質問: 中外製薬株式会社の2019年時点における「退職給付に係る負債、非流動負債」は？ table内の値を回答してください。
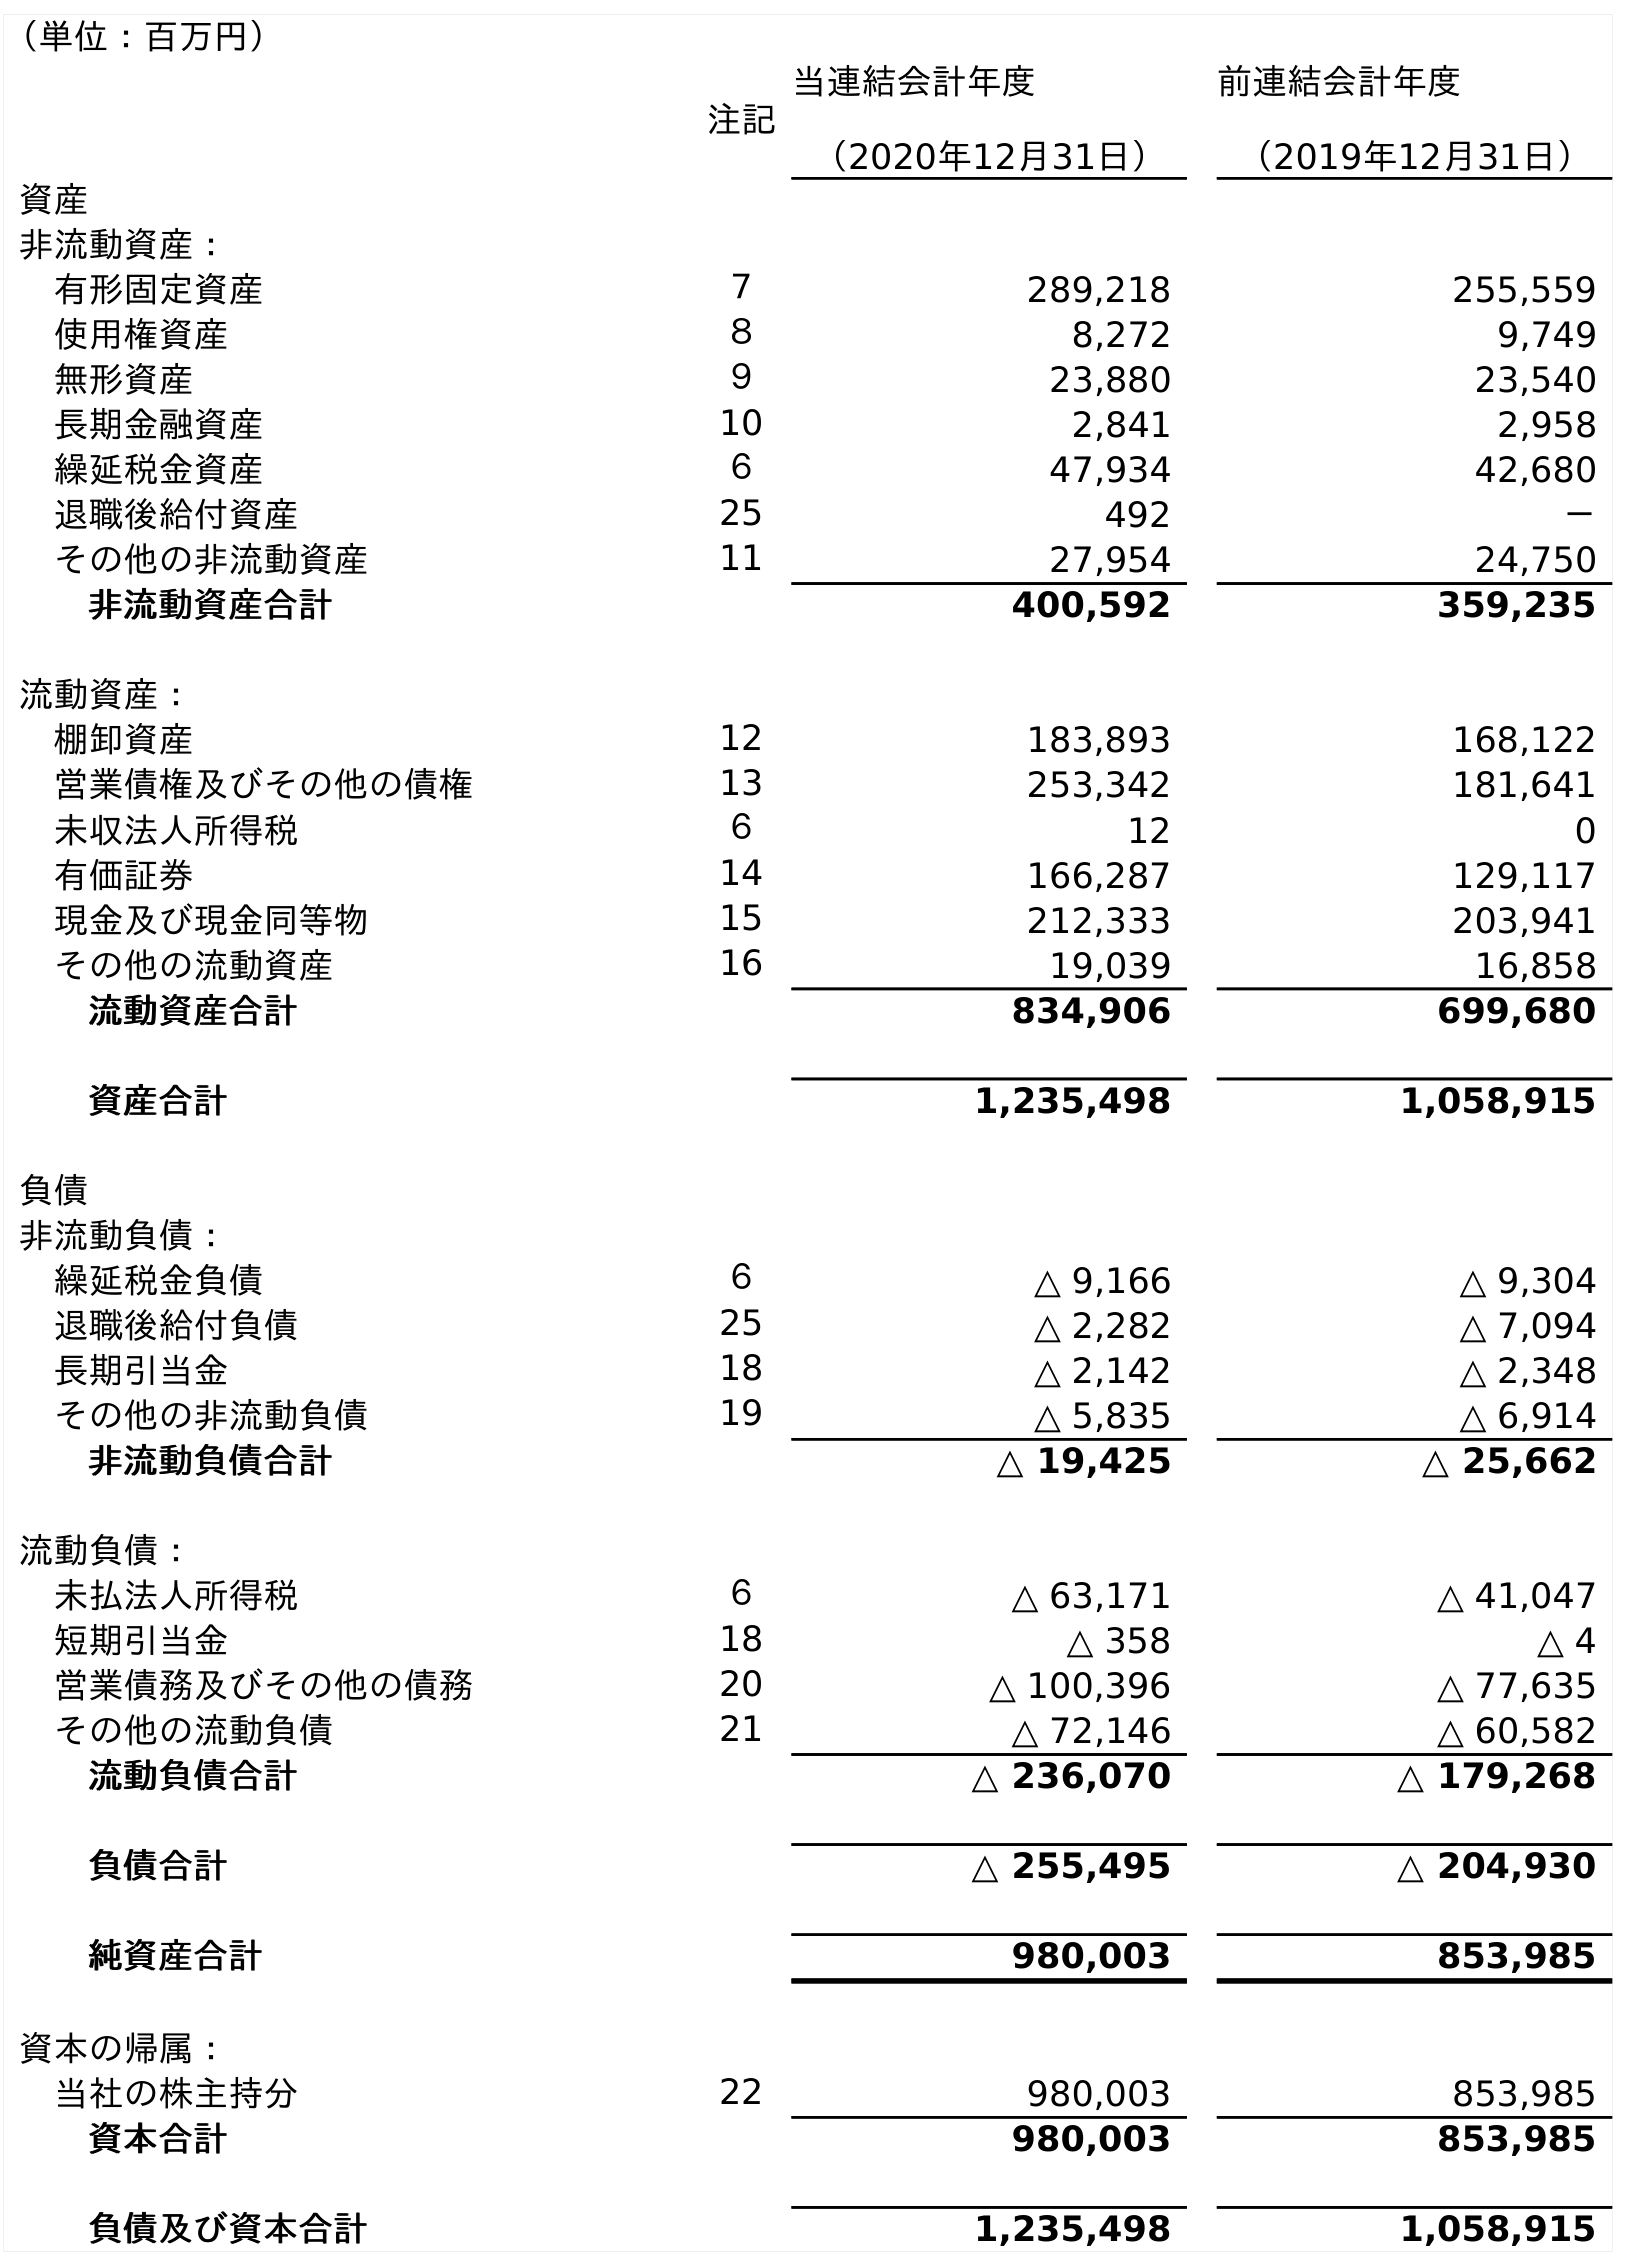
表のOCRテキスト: （単位：百万円） 注記 当連結会計年度 （2020年12月31日） 前連結会計年度 （2019年12月31日） 資産 非流動資産： 有形固定資産 ７ 289,218 255,559 使用権資産 ８ 8,272 9,749 無形資産 ９ 23,880 23,540 長期金融資産 10 2,841 2,958 繰延税金資産 ６ 47,934 42,680 退職後給付資産 25 492 － その他の非流動資産 11 27,954 24,750 非流動資産合計 400,592 359,235 流動資産： 棚卸資産 12 183,893 168,122 営業債権及びその他の債権 13 253,342 181,641 未収法人所得税 ６ 12 0 有価証券 14 166,287 129,117 現金及び現金同等物 15 212,333 203,941 その他の流動資産 16 19,039 16,858 流動資産合計 834,906 699,680 資産合計 1,235,498 1,058,915 負債 非流動負債： 繰延税金負債 ６ △ 9,166 △ 9,304 退職後給付負債 25 △ 2,282 △ 7,094 長期引当金 18 △ 2,142 △ 2,348 その他の非流動負債 19 △ 5,835 △ 6,914 非流動負債合計 △ 19,425 △ 25,662 流動負債： 未払法人所得税 ６ △ 63,171 △ 41,047 短期引当金 18 △ 358 △ 4 営業債務及びその他の債務 20 △ 100,396 △ 77,635 その他の流動負債 21 △ 72,146 △ 60,582 流動負債合計 △ 236,070 △ 179,268 負債合計 △ 255,495 △ 204,930 純資産合計 980,003 853,985 資本の帰属： 当社の株主持分 22 980,003 853,985 資本合計 980,003 853,985 負債及び資本合計 1,235,498 1,058,915
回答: △7,094